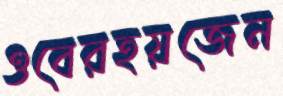
ওবেরহয়জেন